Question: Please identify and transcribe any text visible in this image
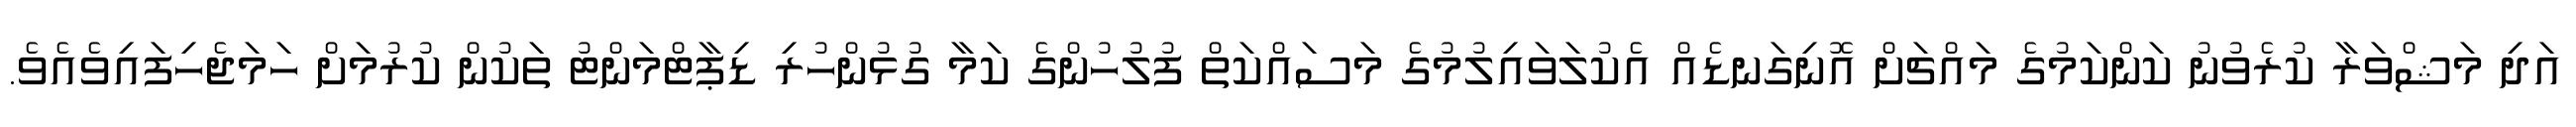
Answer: އަދި މަޝްވަރާ ކުރެވުނު ކަންކަމުގެ މައްޗަށް އޮނިގަނޑެއް އެކުލަވައިލުމުގެ މަސައްކަތް ފުލުހުންގެ ކަމާ ގުޅުންހުރި ޑިޕާޓްމަންޓު ތަކުން ކުރުމަށް ހަމަޖެހިފައިވެއެވެ.